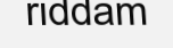
riddam